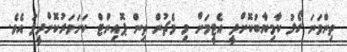
ތިންވަނަ ގޯލު ކާމިޔާބުކޮށްދީ އެޓީމަށް މި މެޗުން ތިން ޕޮއިންޓް ކަށަވަރުކޮށްދީފަ އެވެ.